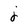
Character: j